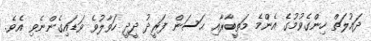
ދައުލަތް ހިންގެވުމުގެ އެންމެ މަތީބާރާއި ޙަސަން ފަރީދު ދީދީ ހަވާލުވެ ވަޑައިގެންނެވި އެވެ.